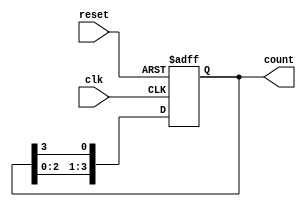
module binary_ring_counter (
    input wire clk,          // Clock input
    input wire reset,        // Reset input
    output reg [N-1:0] count // Output count (N-bit wide)
);
    parameter N = 4; // Number of bits (states) in the ring counter

    // Initial state
    initial begin
        count = 1; // Start with the first flip-flop set to '1'
    end

    // Always block triggered on the rising edge of the clock
    always @(posedge clk or posedge reset) begin
        if (reset) begin
            count <= 1; // Reset to initial state
        end else begin
            count <= {count[N-2:0], count[N-1]}; // Shift the '1' to the next flip-flop
        end
    end
endmodule